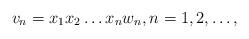
LaTeX: \begin{align*}v_n=x_1x_2\dotsc x_n w_n,n=1,2,\dotsc,\end{align*}